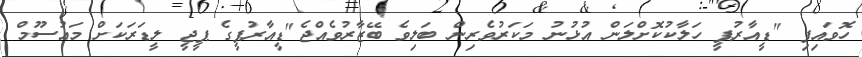
ހޮވައިފި "ޑީއާރުޕީ ހަލާކުކޮށްލަން އުޅުނު މަކަރުވެރިން ބަލިވެ ބޭޒާރުވެއްޖެ"ޑީއާރުޕީގެ ޕީޖީ ލީޑަރަކަށް މައުސޫމް